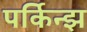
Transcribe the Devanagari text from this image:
पर्किन्झ